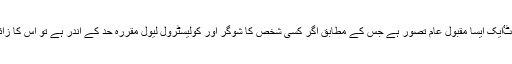
انگریزی اصطلاحٴٴفٹ بٹ فیٹٴٴایک ایسا مقبول عام تصور ہے جس کے مطابق اگر کسی شخص کا شوگر اور کولیسٹرول لیول مقررہ حد کے اندر ہے تو اس کا زائد وزن نقصان دہ نہیں ہو گا۔